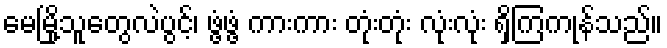
မေမြို့သူတွေလဲပွင့်၊ ဖွံ့ဖွံ့ ကားကား တုံးတုံး လုံးလုံး ရှိကြကုန်သည်။